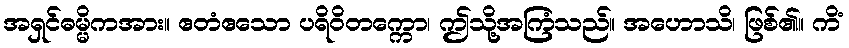
အရှင်ဓမ္မိကအား။ ဧတံဧသော ပရိဝိတက္ကော၊ ဤသို့အကြံသည်။ အဟောသိ၊ ဖြစ်၏။ ကိံ